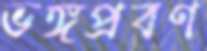
ভঙ্গপ্রবণ